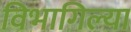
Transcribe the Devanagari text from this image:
विभागिल्या